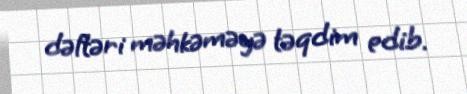
dəftəri məhkəməyə təqdim edib.